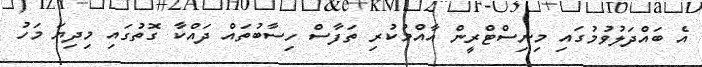
އެ ބައްދަލުވުމުގައި މިނިސްޓްރީން އާއްމުކުރި ތަފާސް ހިސާބުތައް ދައްކާ ގޮތުގައި މިދިޔަ މަހު